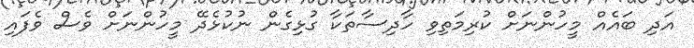
އަދި ބައެއް މީހުންނަށް ކުރިމަތިވި ހާދިސާތަކާ ގުޅިގެން ނުކުޅެދޭ މީހުންނަށް ވެސް ވެފައި